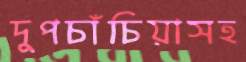
দুপচাঁচিয়াসহ